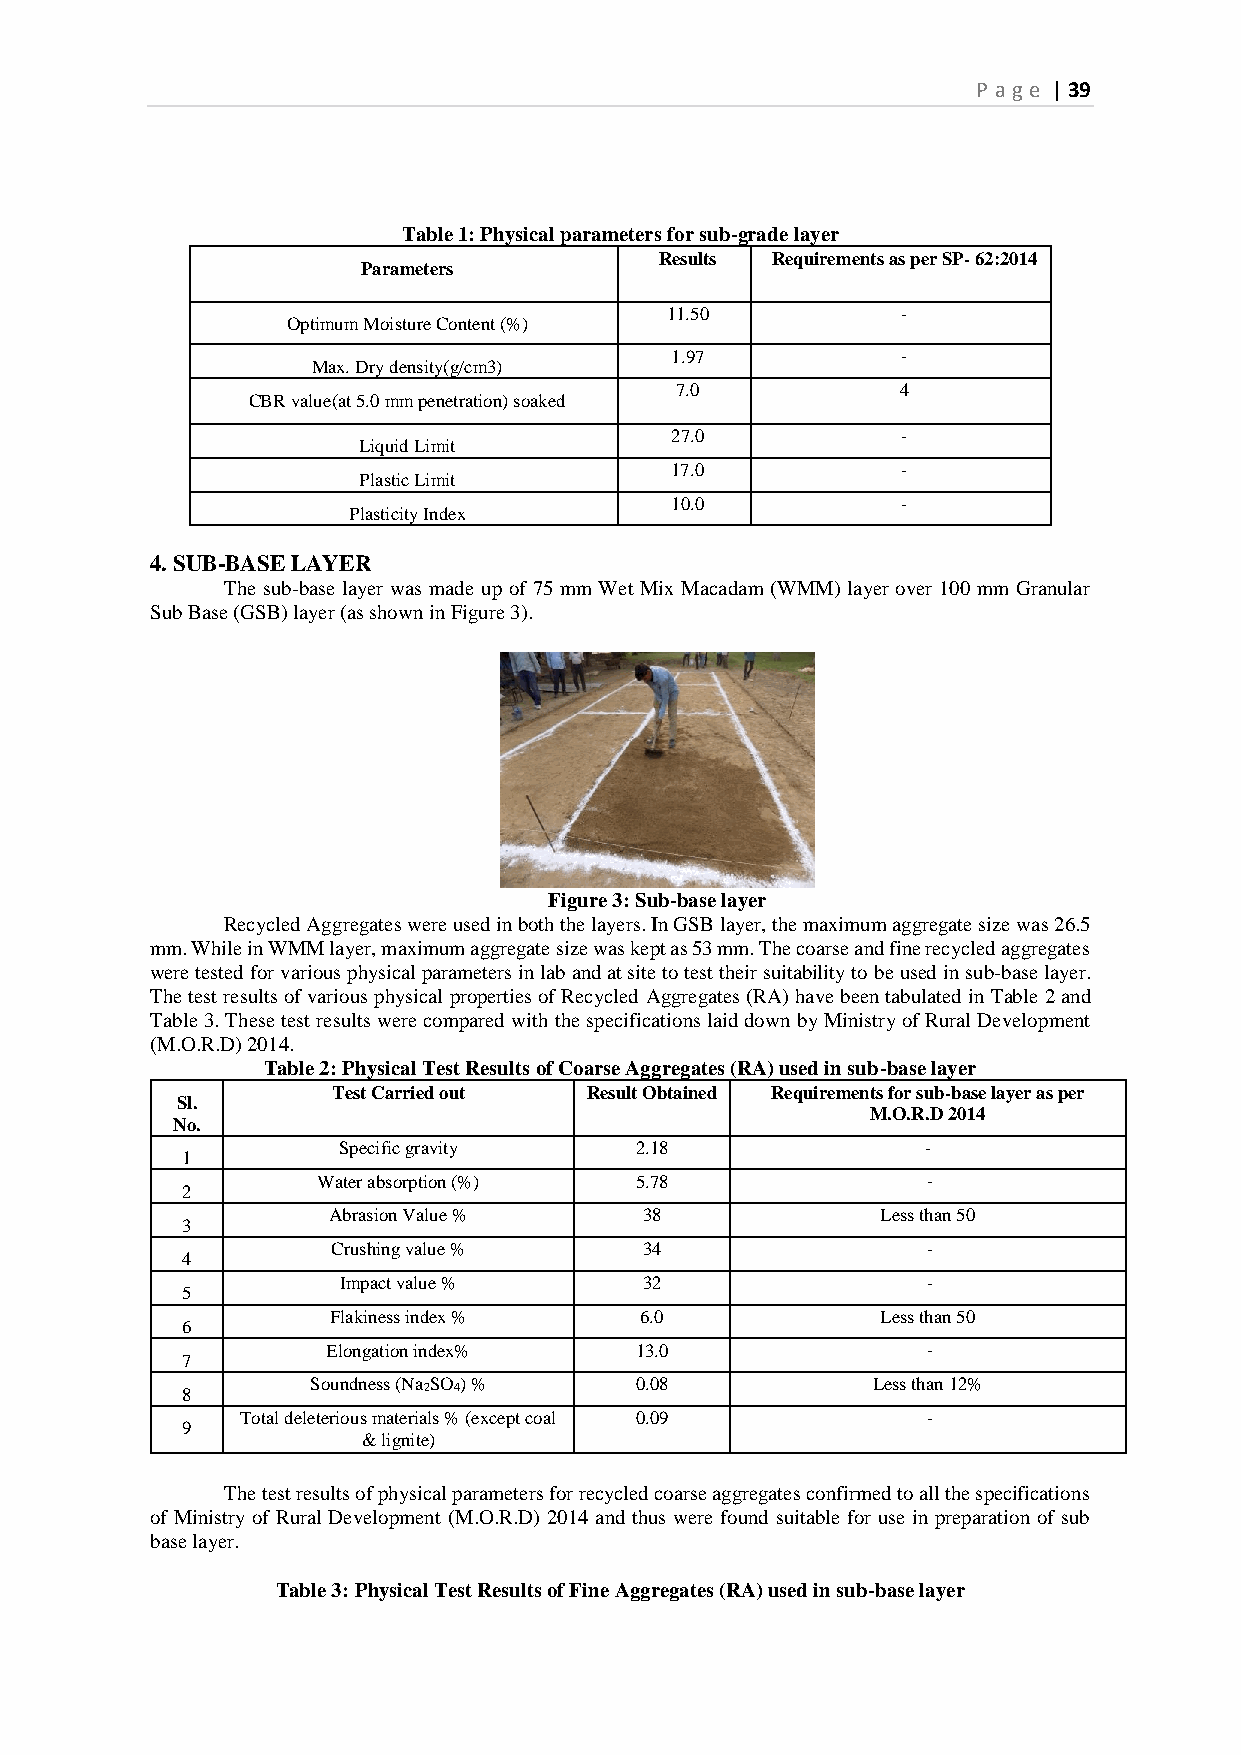
P age | 39
 Table 1: Physical parameters for sub-grade layer
 Results Requirements as per SP- 62:2014
 Parameters
 11.50           -
 Optimum Moisture Content (%)
 1.97            -
 Max. Dry density(g/cm3)
 7.0            4
 CBR value(at 5.0 mm penetration) soaked
 27.0            -
 Liquid Limit
 17.0            -
 Plastic Limit
 10.0            -
 Plasticity Index
 4. SUB-BASE LAYER
 The sub-base layer was made up of 75 mm Wet Mix Macadam (WMM) layer over 100 mm Granular
 Sub Base (GSB) layer (as shown in Figure 3).
 Figure 3: Sub-base layer
 Recycled Aggregates were used in both the layers. In GSB layer, the maximum aggregate size was 26.5
 mm. While in WMM layer, maximum aggregate size was kept as 53 mm. The coarse and fine recycled aggregates
 were tested for various physical parameters in lab and at site to test their suitability to be used in sub-base layer.
 The test results of various physical properties of Recycled Aggregates (RA) have been tabulated in Table 2 and
 Table 3. These test results were compared with the specifications laid down by Ministry of Rural Development
 (M.O.R.D) 2014.
 Table 2: Physical Test Results of Coarse Aggregates (RA) used in sub-base layer
 Test Carried out Result Obtained Requirements for sub-base layer as per
 Sl.
 M.O.R.D 2014
 No.
 Specific gravity    2.18               -
 1
 Water absorption (%) 5.78               -
 2
 Abrasion Value %     38             Less than 50
 3
 Crushing value %     34                -
 4
 Impact value %       32                -
 5
 Flakiness index %   6.0             Less than 50
 6
 Elongation index%   13.0               -
 7
 8
 Soundness (Na2SO4) % 0.08            Less than 12%
 Total deleterious materials % (except coal 0.09 -
 9
 & lignite)
 The test results of physical parameters for recycled coarse aggregates confirmed to all the specifications
 of Ministry of Rural Development (M.O.R.D) 2014 and thus were found suitable for use in preparation of sub
 base layer.
 Table 3: Physical Test Results of Fine Aggregates (RA) used in sub-base layer